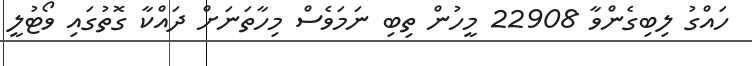
ހައްގު ލިބިގެންވާ 22908 މީހުން ތިބި ނަމަވެސް މިހާތަނަށް ދައްކާ ގޮތުގައި ވޯޓުލީ